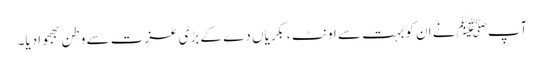
آپ ﷺنے ان کو بہت سے اونٹ ،بکریاں دے کے بڑی عزت سے وطن بھجوادیا۔